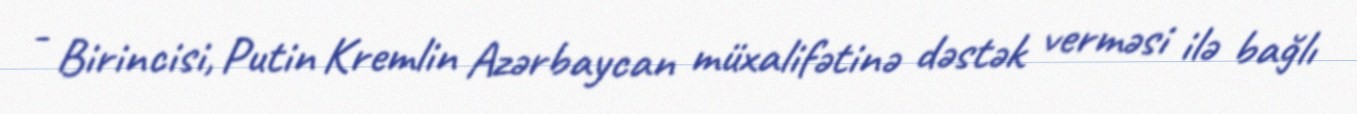
- Birincisi, Putin Kremlin Azərbaycan müxalifətinə dəstək verməsi ilə bağlı